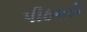
પીઠવડી